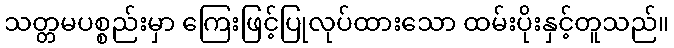
သတ္တမပစ္စည်းမှာ ကြေးဖြင့်ပြုလုပ်ထားသော ထမ်းပိုးနှင့်တူသည်။